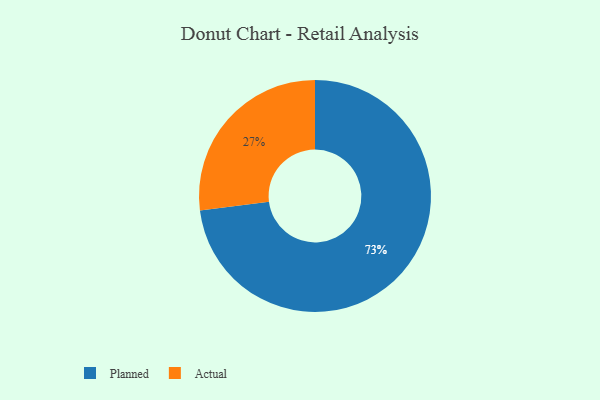
{"axis": {"x": "Category", "y": "Percentage"}, "legend": ["Actual", "Planned"], "data": [{"x": "Planned", "y": 73, "type": "Planned"}, {"x": "Actual", "y": 27, "type": "Actual"}]}